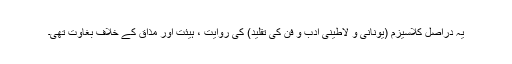
یہ دراصل کلاسیزم (یونانی و لاطینی ادب و فن کی تقلید) کی روایت ، ہیئت اور مذاق کے خلاف بغاوت تھی۔